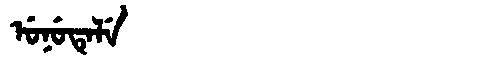
Manchu: ᡠᠨᡠᡨᡝᠯᡝ
Romanization: UNUTELE